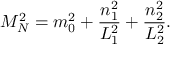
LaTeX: M _ { N } ^ { 2 } = m _ { 0 } ^ { 2 } + \frac { n _ { 1 } ^ { 2 } } { L _ { 1 } ^ { 2 } } + \frac { n _ { 2 } ^ { 2 } } { L _ { 2 } ^ { 2 } } .